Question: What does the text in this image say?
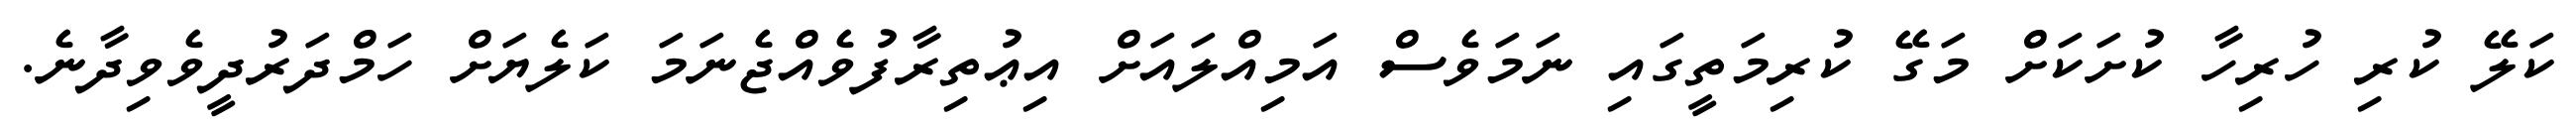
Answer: ކަލޭ ކުރި ހުރިހާ ކުށަކަށް މަގޭ ކުރިމަތީގައި ނަމަވެސް އަމިއްލައަށް އިޢުތިރާފުވެއްޖެނަމަ ކަލެޔަށް ހަމްދަރުދީވެވިދާނެ.